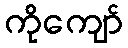
ကိုကျော်